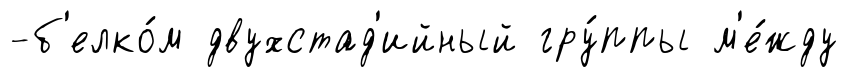
-б'елко́м двухстад'ийный гру́ппы м'е́жду